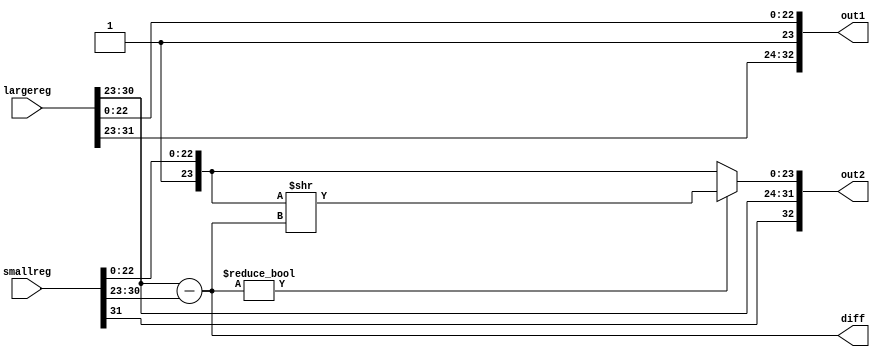
`timescale 1ps / 1ps
//////////////////////////////////////////////////////////////////////////////////
// Company: 
// Engineer: 
// 
// Design Name: 
// Module Name: shift_mantissa
// Project Name: 
// Target Devices: 
// Tool Versions: 
// Description: 
// 
// Dependencies: 
// 
// Revision:
// Revision 0.01 - File Created
// Additional Comments:
// 
//////////////////////////////////////////////////////////////////////////////////

//shifting the mantissa of the no. with smaller exponent based om various conditions
module shift(largereg, smallreg, out1, out2,diff);

//input shft;   //shft will determine whether always block will activate or not
input [31:0] largereg, smallreg;//input as large and small no.
output reg [32:0]out1, out2;//outputs after shifting mantissa
output[7:0] diff;
reg [7:0] diff,expa,expb;//storing diff of exponents and exponent part of both numbers
reg [23:0] manta, mantb;//for storing mantissa part of two numbers along with the digit preceding decimal point


always @ (*)
begin
 expa = largereg[30:23];
 expb = smallreg[30:23];
 manta = {1'b1,largereg[22:0]};
 mantb = {1'b1,smallreg[22:0]};
 diff = expa - expb;
	if(diff)
	begin
	mantb = mantb>>diff;//shifting mantissa of smaller number
	out1 = {largereg[31],expa,manta};
    out2 = {smallreg[31],expa,mantb};
	end
	else
	begin
	out1 = {largereg[31],expa,manta};
	out2 = {smallreg[31],expa,mantb};
	end

end

endmodule

/*
module shift_testbench();
reg [31:0] largereg, smallreg;
wire [31:0] out1, out2;

shift s(largereg,smallreg,out1,out2);

initial begin
largereg = 32'b01000001110100000000000000000000;
smallreg = 32'b11000000110100000000000000000000;
#10 $finish;
end
endmodule
*/